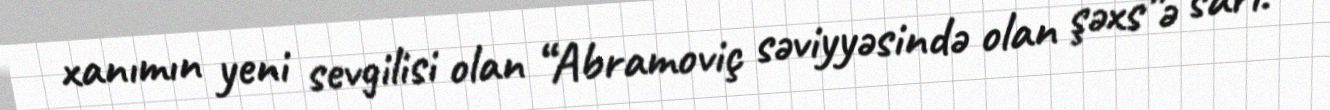
xanımın yeni sevgilisi olan “Abramoviç səviyyəsində olan şəxs”ə sarı.